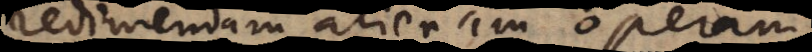
ndam alienam operam,